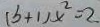
( b + 1 ) x ^ { 2 } = 2